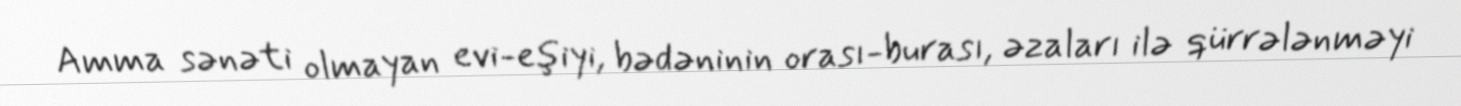
Amma sənəti olmayan evi-eşiyi, bədəninin orası-burası, əzaları ilə qürrələnməyi